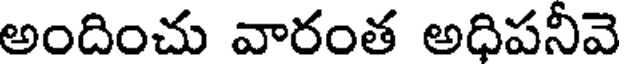
అందించు వారంత అధిపనీవె